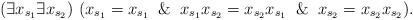
LaTeX: \begin{align*} (\exists x_{s_1}\exists x_{s_2}) \ (x_{s_1}=x_{s_1}\And x_{s_1}x_{s_2}=x_{s_2}x_{s_1}\And x_{s_2}=x_{s_2}x_{s_2}). \end{align*}